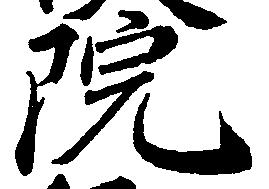
院